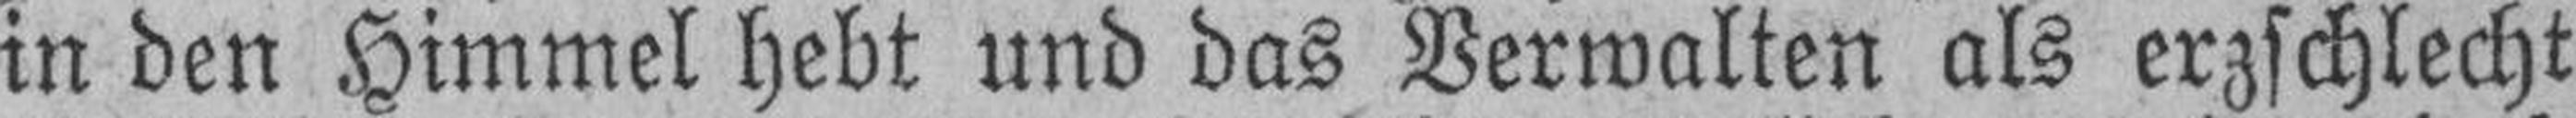
in den Himmel hebt und das Verwalten als erzschlecht